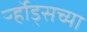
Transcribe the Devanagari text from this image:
र्ऱ्होड्सच्या